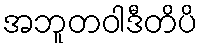
အဘူတဝါဒီတိပိ